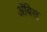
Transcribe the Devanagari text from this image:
ॲबिस